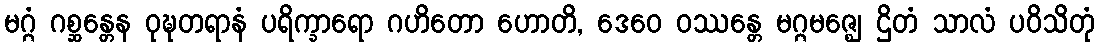
မဂ္ဂံ ဂစ္ဆန္တေန ဝုဍ္ဎတရာနံ ပရိက္ခာရော ဂဟိတော ဟောတိ, ဒေဝေ ဝဿန္တေ မဂ္ဂမဇ္ဈေ ဌိတံ သာလံ ပဝိသိတုံ